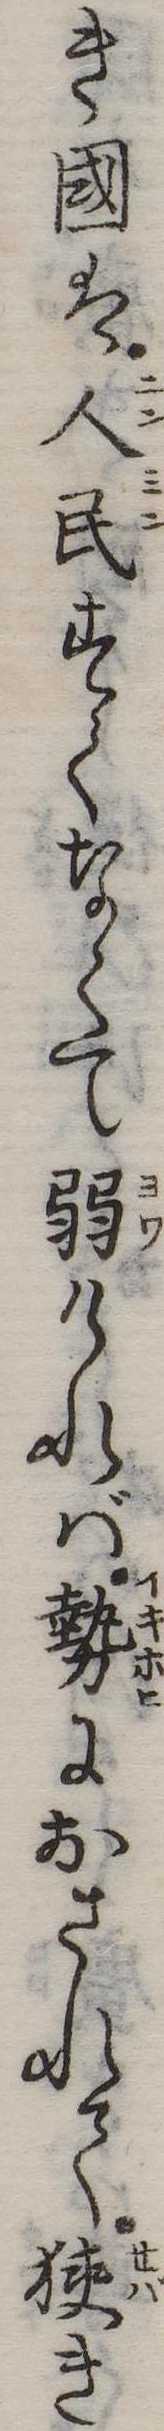
き国は人民すくなくて弱ければ勢におされて狭き